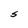
Character: S